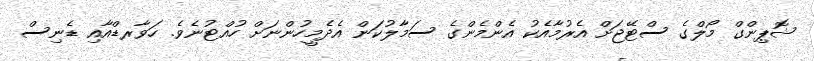
ޝޮޕިންގް މޯލްގެ ސްޓޭޖަށް އެރުމާއެކު އެންމެންގެ ސަމާލުކަން އެދެމީހުންނަށް ހުއްޓުނެވެ. ހަވާރޑްއާއި ޑެނިސް